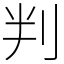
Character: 判